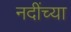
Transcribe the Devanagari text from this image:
नदींच्या